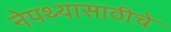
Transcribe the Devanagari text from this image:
नेपथ्यासाठीचे